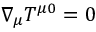
\nabla _ { \mu } T ^ { \mu 0 } = 0